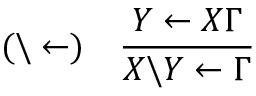
( \backslash \leftarrow ) \quad { \frac { Y \leftarrow X \Gamma } { X \backslash Y \leftarrow \Gamma } }